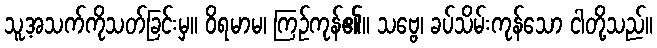
သူ့အသက်ကိုသတ်ခြင်းမှ။ ဝိရမာမ၊ ကြဉ်ကုန်၏။ သဗ္ဗေ၊ ခပ်သိမ်းကုန်သော ငါတို့သည်။